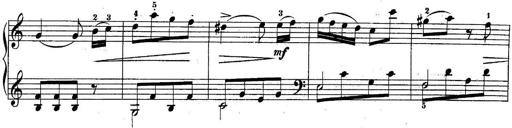
Title: 10 Sonatines progressives
Composer: Anton Schmoll